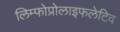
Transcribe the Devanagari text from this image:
लिम्फोप्रोलाइफलेटिव